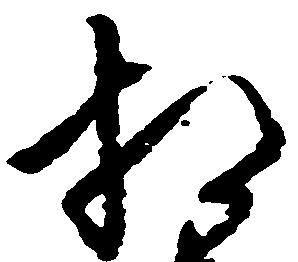
相